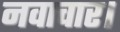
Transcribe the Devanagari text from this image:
नवाचार।